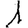
Digit: 1